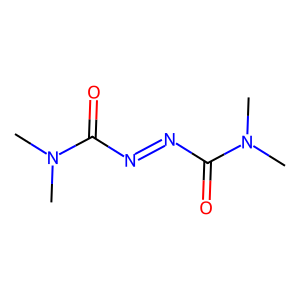
SMILES: CN(C)C(=O)N=NC(=O)N(C)C
Inhibits HIV replication: Yes